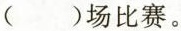
( ) 一场比赛。